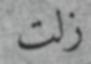
زلت